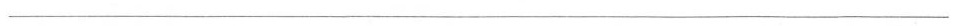
___